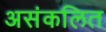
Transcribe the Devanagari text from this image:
असंकलित